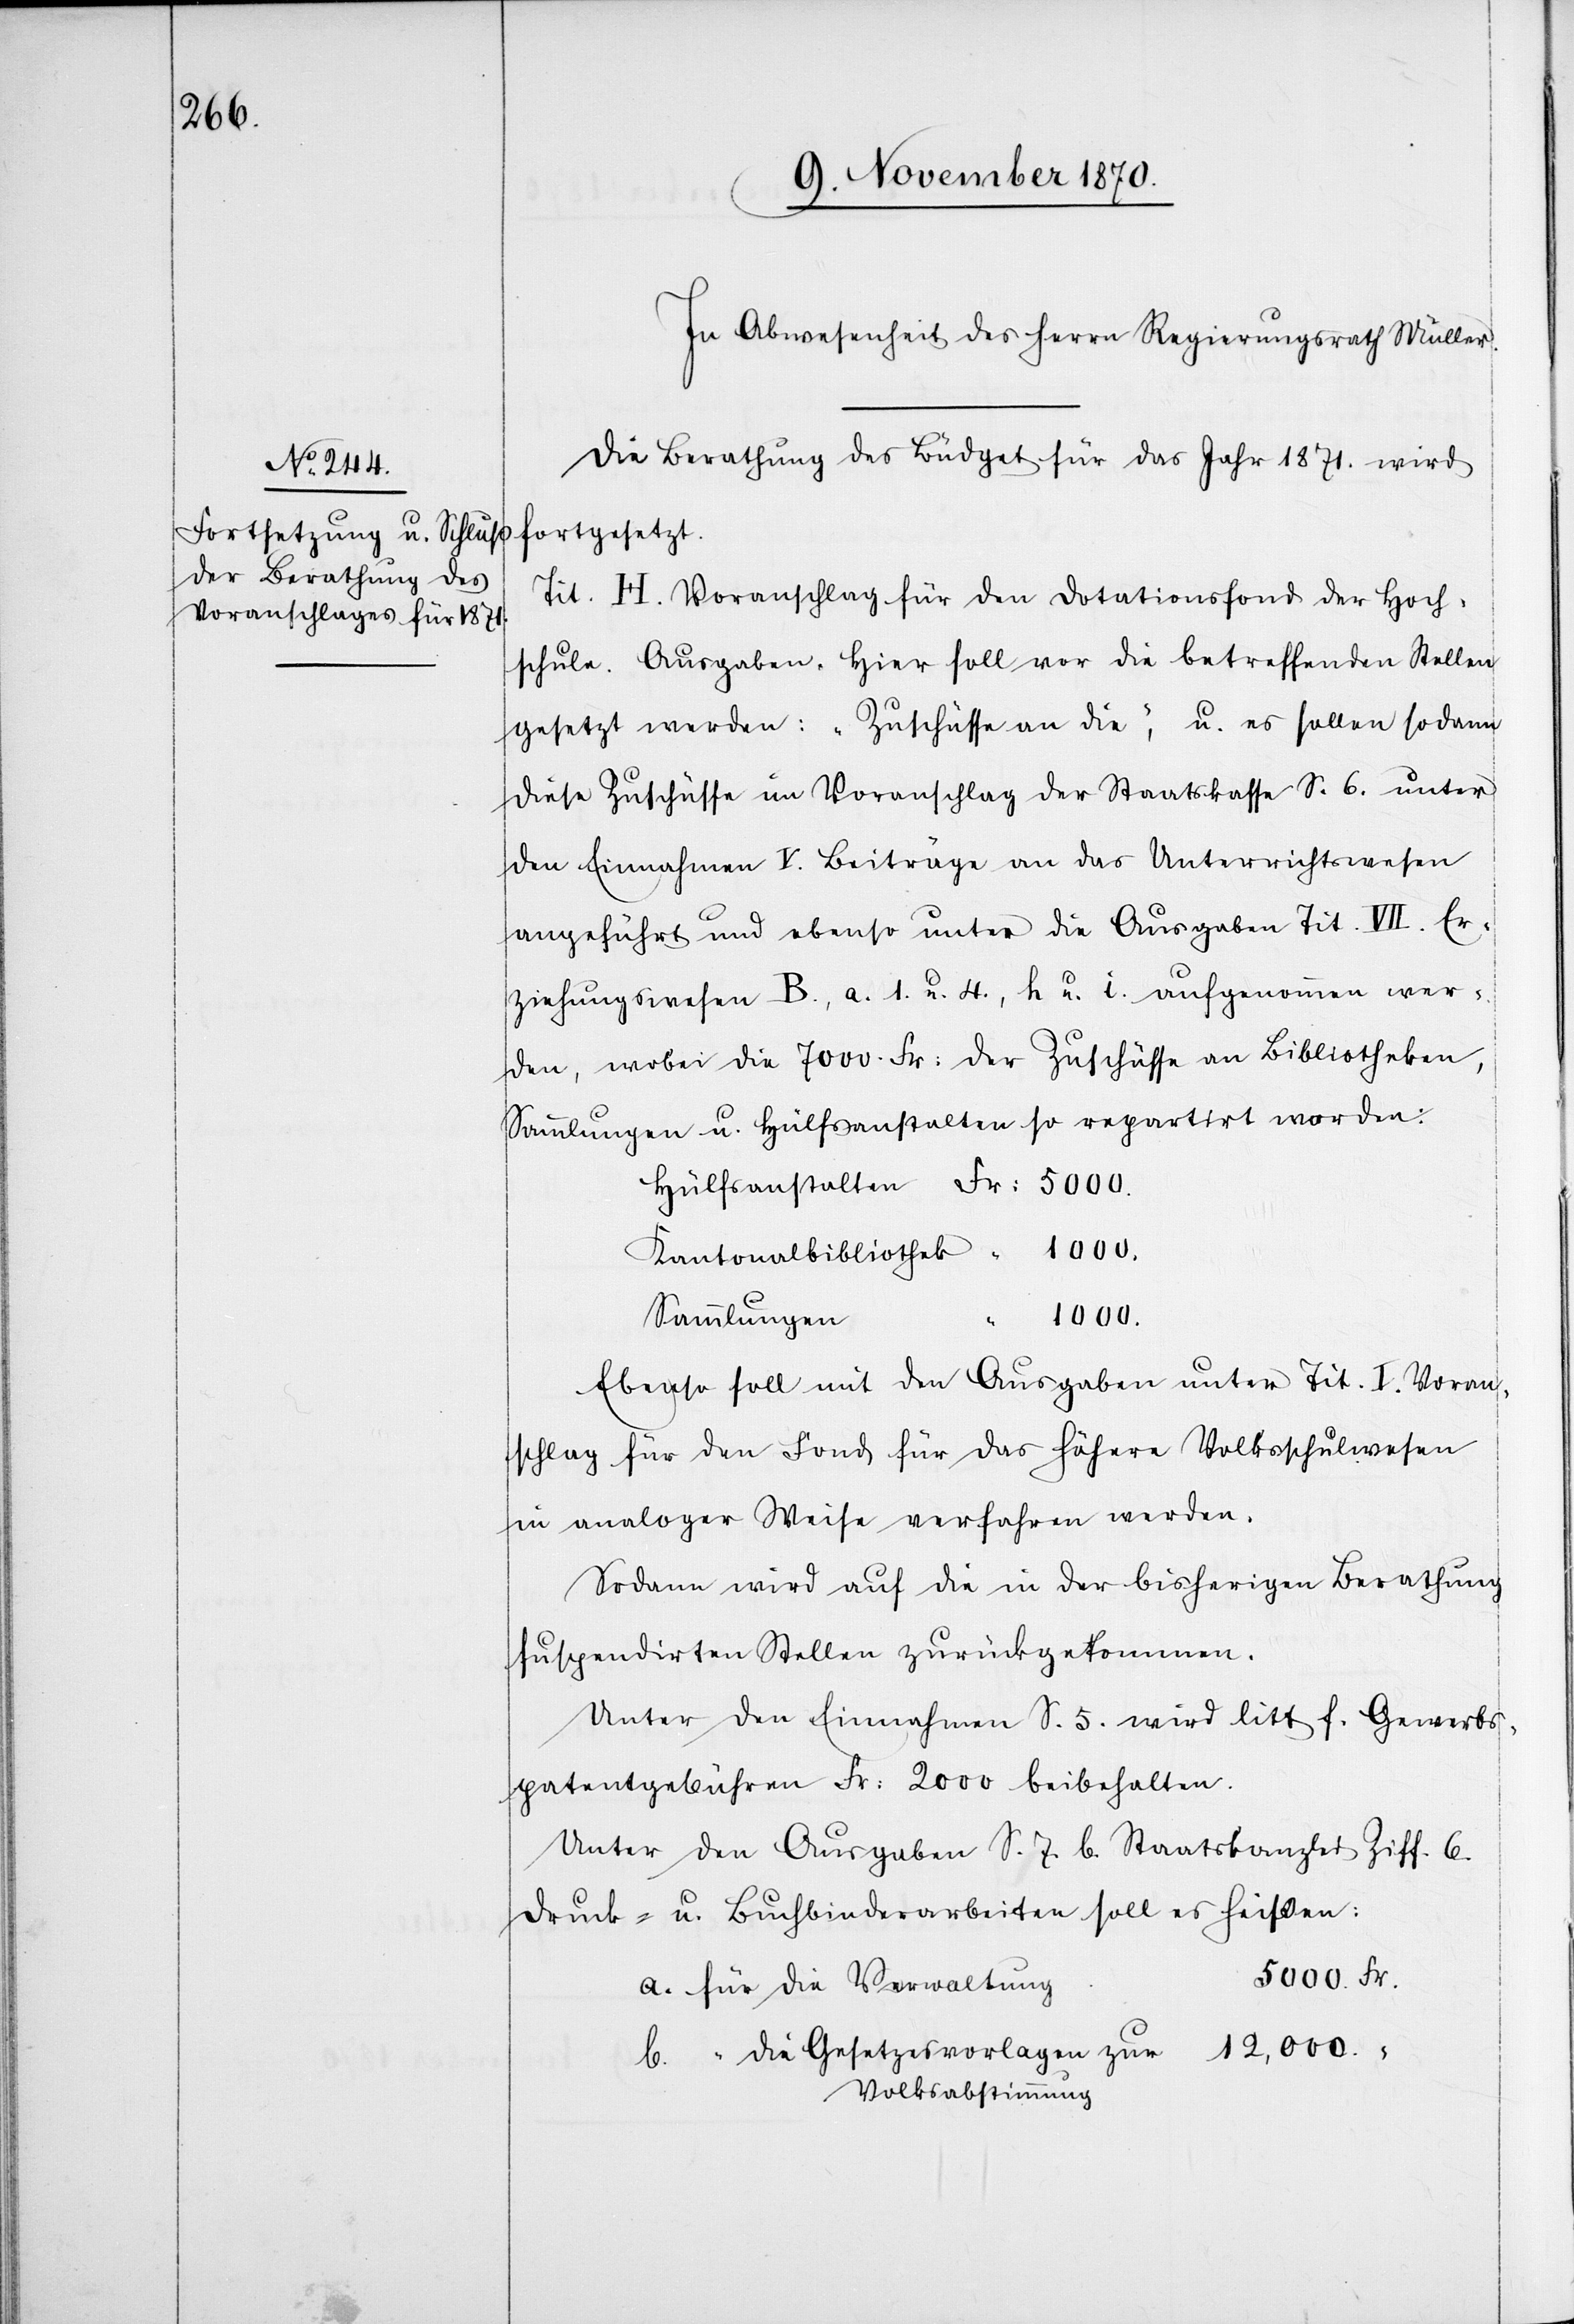
Die Berathung des Büdget für das Jahr 1871. wird
fortgesetzt.
Tit. H, Voranschlag für den Dotationsfond der Hoch¬
schule. Ausgaben. Hier soll vor die betreffenden Stellen
gesetzt werden: „Zuschüsse an die“, u. es sollen sodann
diese Zuschüsse im Voranschlag der Staatskasse S. 6. unter
den Einnahmen V. Beiträge an das Unterrichtswesen
angeführt und ebenso unter die Ausgaben Tit. VII. Er¬
ziehungswesen B., a. 1. u. 4., h. u. i. aufgenommen wer¬
den, wobei die 7000 Fr: der Zuschüsse an Bibliotheken,
Sammlungen u. Hülfsanstalten so repartirt worden:
Hülfsanstalten Fr: 5000.
Kantonsbibliothek “ 1000.
Sammlungen
12,000.
Ebenso soll mit den Ausgaben unter Tit. I. Voran¬
schlag für den Fond für das höhere Volksschulwesen
in analoger Weise verfahren werden.
Sodann wird auf die in der bisherigen Berathung
suspendirten Stellen zurückgekommen.
Unter den Einnahmen S. 5. wird litt. f. Gewerbs¬
patentgebühren Fr: 2000 beibehalten.
Unter den Ausgaben S. 7. b. Staatskanzlei Ziff. 6.
Druck- u. Buchbinderarbeiten soll es heißen:
5000. Fr.
a. für die Verwaltung
b. “ die Gesetzesvorlagen zur
Volksabstimmung